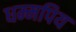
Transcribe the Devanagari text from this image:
धम्मपिय